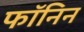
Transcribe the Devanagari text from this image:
फॉनिन